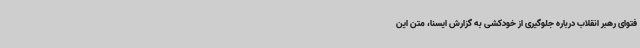
فتوای رهبر انقلاب درباره جلوگیری از خودکشی به گزارش ایسنا، متن این